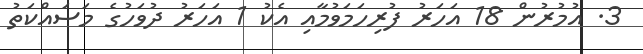
3. އުމުރުން 18 އަހަރު ފުރިހަމަވުމާއި އެކު 1 އަހަރު ދުވަހުގެ މަސައްކަތު